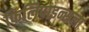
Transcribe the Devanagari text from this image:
फिलिपाइन्सला